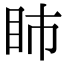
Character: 𥄔